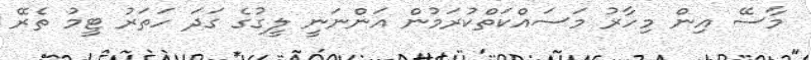
މާސޭ އިން މިހާރު މަސައްކަތްކުރަމުން އަންނަނީ ލީގުގެ ގަދަ ހަތަރު ޓީމު ތެރޭ